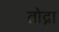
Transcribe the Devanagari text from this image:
तोद्ना